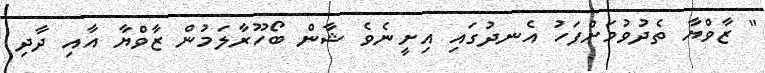
" ޒާވްޔާ ތެދުވުމަށްފަހު އެނދުގައި އިށީނެވެ ޝާން ބޯހޫރާލަމުން ޒާވްޔާ އާއި ދާދި